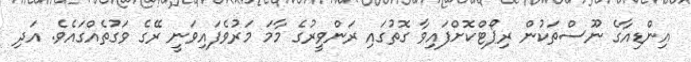
އިންޑިއާގެ ނޫސްތަކުން ރިޕޯޓްކޮށްފައިވާ ގޮތުގައި ރަންވީރުގެ މާމަ މަރުވެފައިވަނީ ރޭގެ ވަގުތެއްގައެވެ. އަދި